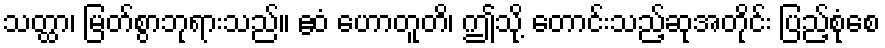
သတ္ထာ၊ မြတ်စွာဘုရားသည်။ ဧဝံ ဟောတူတိ၊ ဤသို့ တောင်းသည့်ဆုအတိုင်း ပြည့်စုံစေ